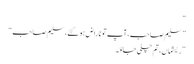
“
”سلیم صاحب، آپ تو ناراض ہو گئے، سلیم صاحب“
”ریشماں، تم چلی جاؤ۔